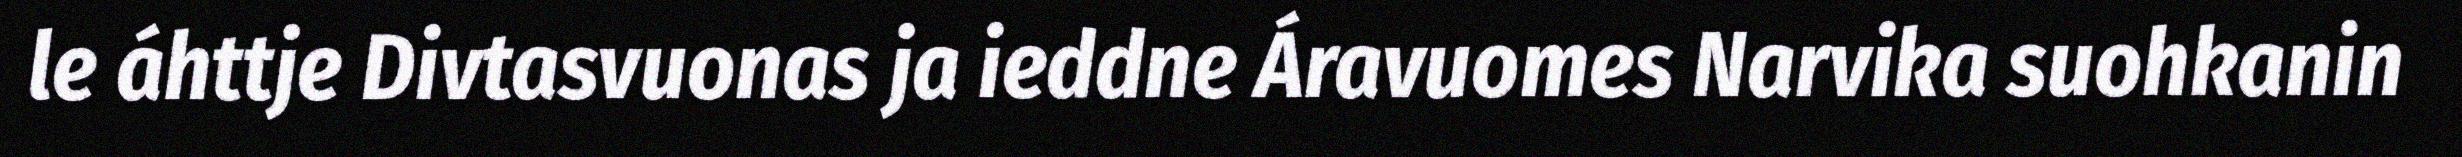
le áhttje Divtasvuonas ja ieddne Áravuomes Narvika suohkanin